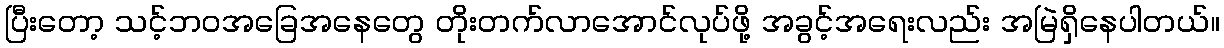
ပြီးတော့ သင့်ဘဝအခြေအနေတွေ တိုးတက်လာအောင်လုပ်ဖို့ အခွင့်အရေးလည်း အမြဲရှိနေပါတယ်။